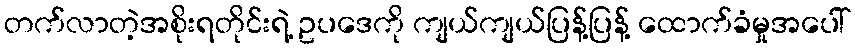
တက်လာတဲ့အစိုးရတိုင်းရဲ့ ဥပဒေကို ကျယ်ကျယ်ပြန့်ပြန့် ထောက်ခံမှုအပေါ်